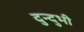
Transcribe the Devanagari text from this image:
दुन्दुभी